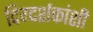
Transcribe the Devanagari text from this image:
दिग्दर्शकांशी